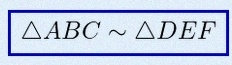
\triangle ABC\sim\triangle DEF